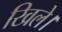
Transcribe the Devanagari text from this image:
खिले।